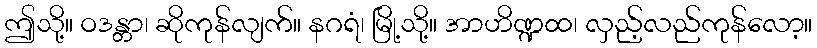
ဤသို့။ ဝဒန္တာ၊ ဆိုကုန်လျက်။ နဂရံ၊ မြို့သို့။ အာဟိဏ္ဍထ၊ လှည့်လည်ကုန်လော့။